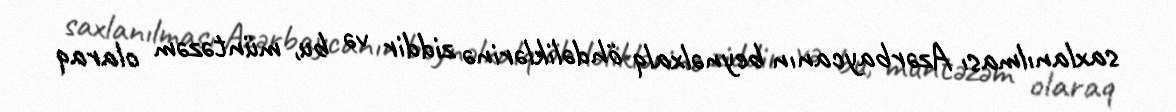
saxlanılması Azərbaycanın beynəlxalq öhdəliklərinə ziddir və bu, müntəzəm olaraq